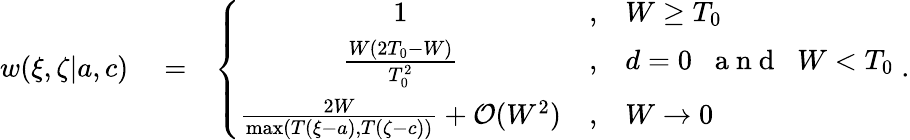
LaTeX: \begin{array}{rlr}{w(\xi,\zeta|{a},{c})}&{{}=}&{\left\{ \begin{array}{ccl}{1}&{,}&{W\ge T_{0}}\\ {\frac{W(2T_{0}-W)}{T_{0}^{2}}}&{,}&{d=0\; \; \mathrm{~a~n~d~}\; \; W<T_{0}}\\ {\frac{2W}{\operatorname*{max}(T(\xi-a),T(\zeta-c))}+{\cal O}(W^{2})}&{,}&{W\rightarrow 0}\end{array}\right.\; .}\end{array}